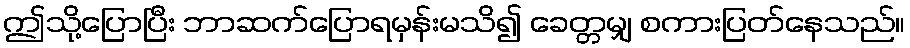
ဤသို့ပြောပြီး ဘာဆက်ပြောရမှန်းမသိ၍ ခေတ္တမျှ စကားပြတ်နေသည်။